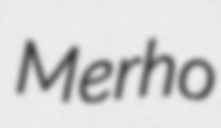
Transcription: Merho